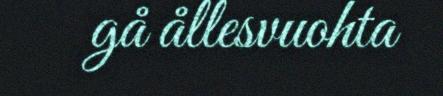
gå ållesvuohta